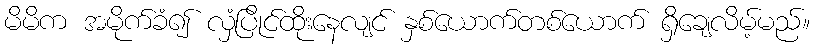
မိမိက အမိုက်ခံ၍ လှံပြိုင်ထိုးနေလျင် နှစ်ယောက်တစ်ယောက် ရှိချေလိမ့်မည်။